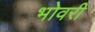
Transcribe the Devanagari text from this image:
भोवरी